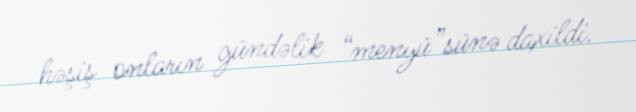
həşiş onların gündəlik “menyü”sünə daxildi.